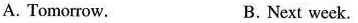
A. Tomorrow. B.Next week.